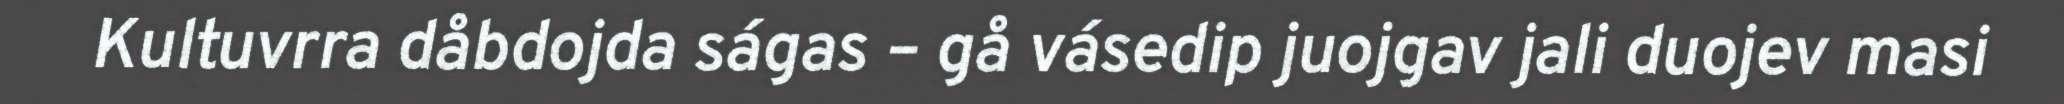
Kultuvrra dåbdojda ságas – gå vásedip juojgav jali duojev masi